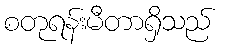
စတုရန်းမီတာရှိသည်